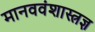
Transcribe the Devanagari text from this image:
मानववंशास्त्रज्ञ